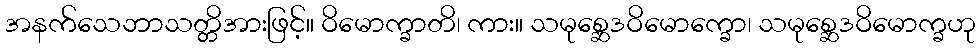
အနက်သေဘာသတ္တိအားဖြင့်။ ဝိမောက္ခာတိ၊ ကား။ သမုစ္ဆေဒဝိမောက္ခော၊ သမုစ္ဆေဒဝိမောက္ခဟု